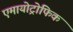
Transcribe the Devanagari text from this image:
एमायोट्रोफिक